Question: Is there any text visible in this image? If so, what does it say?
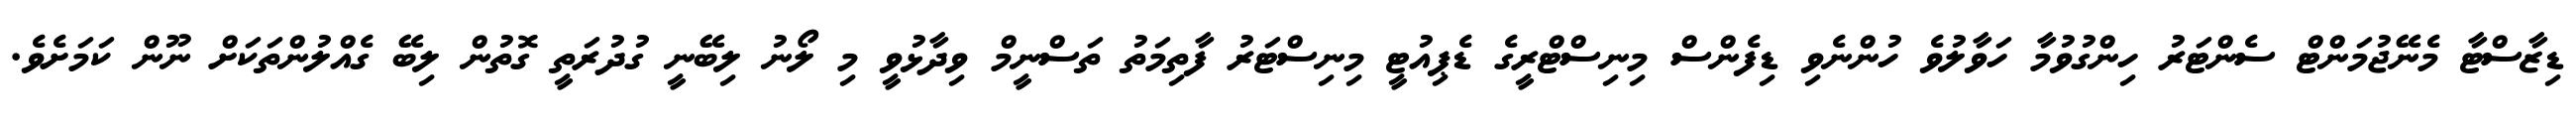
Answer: ޑިޒާސްޓާ މެނޭޖުމަންޓް ސެންޓަރު ހިންގުވުމާ ހަވާލުވެ ހުންނެވި ޑިފެންސް މިނިސްޓްރީގެ ޑެޕިއުޓީ މިނިސްޓަރު ފާތިމަތު ތަސްނީމް ވިދާޅުވީ މި ލޯނު ލިބޭނީ ގުދުރަތީ ގޮތުން ލިބޭ ގެއްލުންތަކަށް ނޫން ކަމަށެވެ.